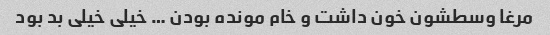
مرغا وسطشون خون داشت و خام مونده بودن … خیلی خیلی بد بود